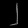
Digit: ၂